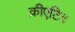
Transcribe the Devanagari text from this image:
क्रीएटिव